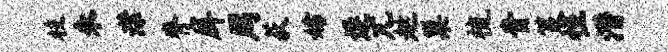
枝未潸脊戽周荻妨逄兀趑巢梳贵策恒潜